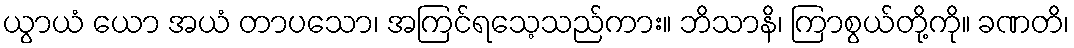
ယွာယံ ယော အယံ တာပသော၊ အကြင်ရသေ့သည်ကား။ ဘိသာနိ၊ ကြာစွယ်တို့ကို။ ခဏတိ၊